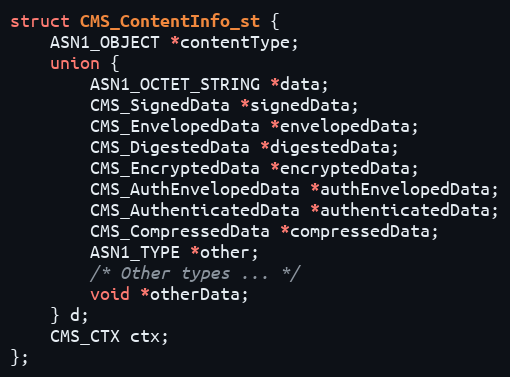
Language: C
struct CMS_ContentInfo_st {
    ASN1_OBJECT *contentType;
    union {
        ASN1_OCTET_STRING *data;
        CMS_SignedData *signedData;
        CMS_EnvelopedData *envelopedData;
        CMS_DigestedData *digestedData;
        CMS_EncryptedData *encryptedData;
        CMS_AuthEnvelopedData *authEnvelopedData;
        CMS_AuthenticatedData *authenticatedData;
        CMS_CompressedData *compressedData;
        ASN1_TYPE *other;
        /* Other types ... */
        void *otherData;
    } d;
    CMS_CTX ctx;
};